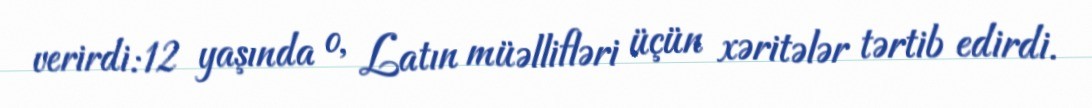
verirdi:12 yaşında o, Latın müəllifləri üçün xəritələr tərtib edirdi.